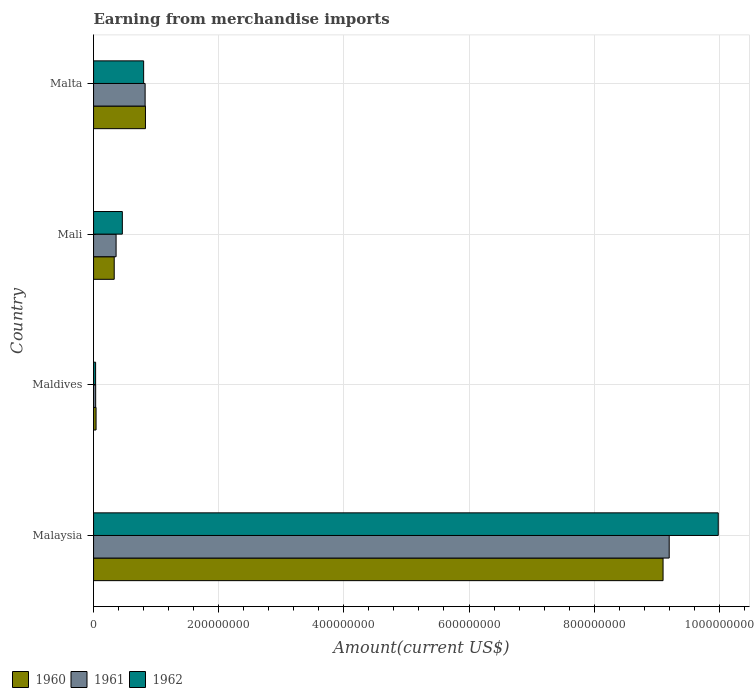
| Country | 1960 | 1961 | 1962 |
 | --- | --- | --- | --- |
 | Malaysia | 9.1e+08 | 9.2e+08 | 9.98e+08 |
 | Maldives | 4e+06 | 3.37e+06 | 3.27e+06 |
 | Mali | 3.3e+07 | 3.6e+07 | 4.6e+07 |
 | Malta | 8.29e+07 | 8.24e+07 | 8e+07 |